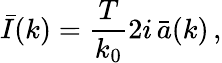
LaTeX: \bar{I}(k)={\frac{T}{k_{0}}}2i\, \bar{a}(k)\, ,